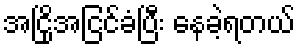
အငြိုအငြင်ခံပြီး နေခဲ့ရတယ်